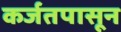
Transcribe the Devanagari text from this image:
कर्जतपासून